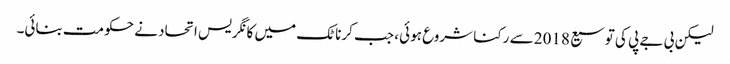
لیکن بی جے پی کی توسیع 2018 سے رکنا شروع ہوئی ، جب کرناٹک میں کانگریس اتحاد نے حکومت بنائی۔